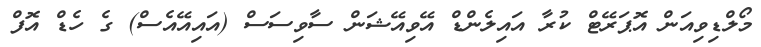
މޯލްޑިވިއަން އޮޕަރޭޓް ކުރާ އައިލެންޑް އޭވިއޭޝަން ސާވިސަސް (އައިއޭއެސް) ގެ ހެޑް އޮފް